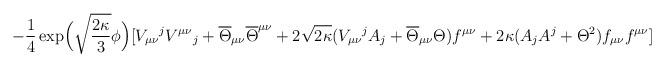
\begin{align*}-\frac{1}{4}\exp\!\Big(\sqrt{\frac{2\kappa}{3}}\phi\Big)[V_{\mu\nu}{}^j V^{\mu\nu}{}_j +\overline{\Theta}_{\mu\nu}\overline{\Theta}^{\mu\nu}+2\sqrt{2\kappa}(V_{\mu\nu}{}^j A_j +\overline{\Theta}_{\mu\nu}\Theta) f^{\mu\nu}+2\kappa (A_j A^j +\Theta^2)f_{\mu\nu}f^{\mu\nu}]\end{align*}